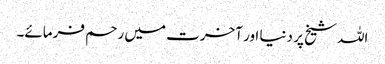
اللہ شیخ پر دنیا اور آخرت میں رحم فرمائے۔